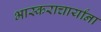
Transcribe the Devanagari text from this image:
भास्कराचार्यांना